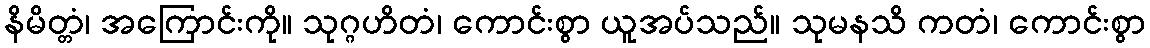
နိမိတ္တံ၊ အကြောင်းကို။ သုဂ္ဂဟိတံ၊ ကောင်းစွာ ယူအပ်သည်။ သုမနသိ ကတံ၊ ကောင်းစွာ